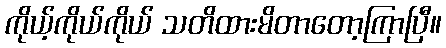
ကိုယ့်ကိုယ်ကိုယ် သတိထားမိတာတော့ကြာပြီ။